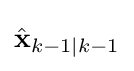
{\hat {\mathbf {x} }}_{k-1\mid k-1}